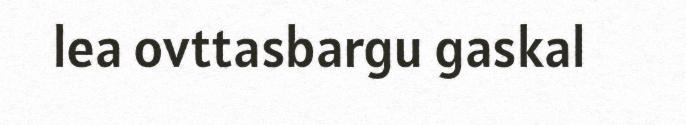
lea ovttasbargu gaskal